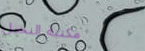
مكتبة النخيل